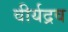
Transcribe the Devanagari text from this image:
वीर्यद्रव